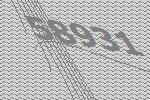
58931